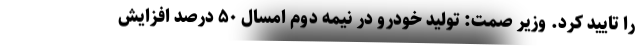
را تایید کرد. وزیر صمت: تولید خودرو در نیمه دوم امسال ۵۰ درصد افزایش